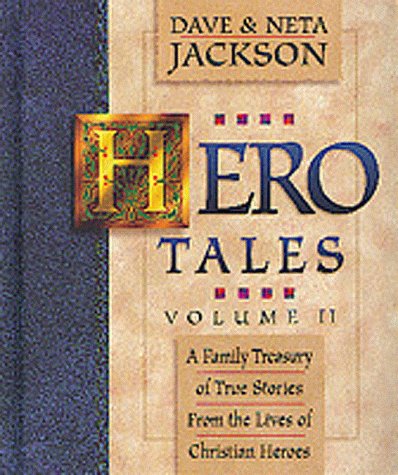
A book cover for Hero Tales, vol. 2; Dave and Neta Jackson; Teen & Young Adult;